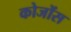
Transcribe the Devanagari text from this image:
कोजोंस